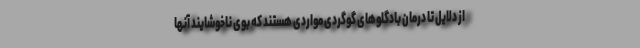
از دلایل تا درمان بادگلوهای گوگردی مواردی هستند که بوی ناخوشایند آنها